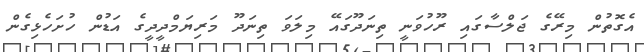
އެގޮތުން މިރޭގެ ޖަލްސާގައި ރޫހުވަނީ ތިނަދޫގައޭ މިލަވަ ތިނަދޫ މަރިޔަމްދީދީގެ އަޑުން ހުށަހެޅިގެން